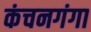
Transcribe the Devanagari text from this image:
कंचनगंगा